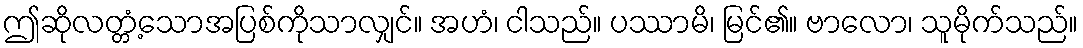
ဤဆိုလတ္တံ့သောအပြစ်ကိုသာလျှင်။ အဟံ၊ ငါသည်။ ပဿာမိ၊ မြင်၏။ ဗာလော၊ သူမိုက်သည်။